Report on vaccination in the Province of Bengal - 1874-1889
Year: 1874
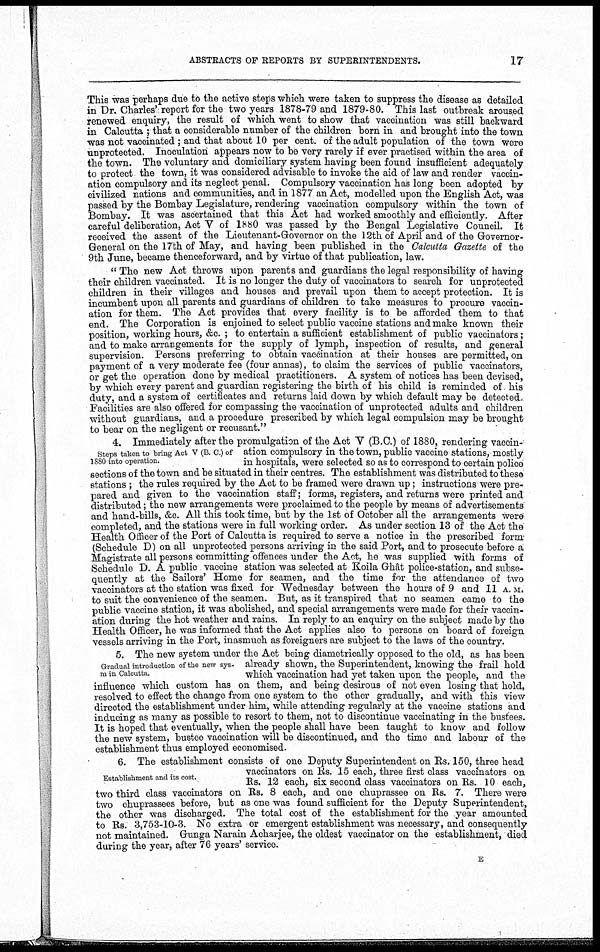
ABSTRACTS OF REPORTS BY SUPERINTENDENTS.
17
This was perhaps due to the active steps which were taken to suppress the disease as detailed
in Dr. Charles' report for the two years 1878-79 and 1879-80. This last outbreak aroused
renewed enquiry, the result of which went to show that vaccination was still backward
in Calcutta ; that a considerable number of the children born in and brought into the town
was not vaccinated ; and that about 10 per cent. of the adult population of the town were
unprotected. Inoculation appears now to be very rarely if ever practised within the area of
the town. The voluntary and domiciliary system having been found insufficient adequately
to protect the town, it was considered advisable to invoke the aid of law and render vaccin-
ation compulsory and its neglect penal. Compulsory vaccination has long been adopted by
civilized nations and communities, and in 1877 an Act, modelled upon the English Act, was
passed by the Bombay Legislature, rendering vaccination compulsory within the town of
Bombay. It was ascertained that this Act had worked smoothly and efficiently. After
careful deliberation, Act V of 1880 was passed by the Bengal Legislative Council. It
received the assent of the Lieutenant-Governor on the 12th of April and of the Governor-
General on the 17th of May, and having been published in the Calcutta Gazette of the
9th June, became thenceforward, and by virtue of that publication, law.
" The new Act throws upon parents and guardians the legal responsibility of having
their children vaccinated. It is no longer the duty of vaccinators to search for unprotected
children in their villages and houses and prevail upon them to accept protection. It is
incumbent upon all parents and guardians of children to take measures to procure vaccin-
ation for them. The Act provides that every facility is to be afforded them to that
end. The Corporation is enjoined to select public vaccine stations and make known their
position, working hours, &c. ; to entertain a sufficient establishment of public vaccinators;
and to make arrangements for the supply of lymph, inspection of results, and general
supervision. Persons preferring to obtain vaccination at their houses are permitted, on
payment of a very moderate fee (four annas), to claim the services of public vaccinators,
or get the operation done by medical practitioners. A system of notices has been devised,
by which every parent and guardian registering the birth of his child is reminded of his
duty, and a system of certificates and returns laid down by which default may be detected.
Facilities are also offered for compassing the vaccination of unprotected adults and children
without guardians, and a procedure prescribed by which legal compulsion may be brought
to bear on the negligent or recusant."
Steps taken to bring Act V (B. C.) of
1880 into operation.
4. Immediately after the promulgation of the Act V (B.C.) of 1880, rendering vaccin-
ation compulsory in the town, public vaccine stations, mostly
in hospitals, were selected so as to correspond to certain police
sections of the town and be situated in their centres. The establishment was distributed to these
stations ; the rules required by the Act to be framed were drawn up; instructions were pre-
pared and given to the vaccination staff; forms, registers, and returns were printed and
distributed; the new arrangements were proclaimed to the people by means of advertisements
and hand-bills, &c. All this took time, but by the 1st of October all the arrangements were
completed, and the stations were in full working order. As under section 13 of the Act the
Health Officer of the Port of Calcutta is required to serve a notice in the prescribed form
(Schedule D) on all unprotected persons arriving in the said Port, and to prosecute before a
Magistrate all persons committing offences under the Act, he was supplied with forms of
Schedule D. A public vaccine station was selected at Koila Ghât police-station, and subse-
quently at the Sailors' Home for seamen, and the time for the attendance of two
vaccinators at the station was fixed for Wednesday between the hours of 9 and 11 A.M.
to suit the convenience of the seamen. But, as it transpired that no seamen came to the
public vaccine station, it was abolished, and special arrangements were made for their vaccin-
ation during the hot weather and rains. In reply to an enquiry on the subject made by the
Health Officer, he was informed that the Act applies also to persons on board of foreign
vessels arriving in the Port, inasmuch as foreigners are subject to the laws of the country.
Gradual introduction of the new sys¬
tem in Calcutta.
5. The new system under the Act being diametrically opposed to the old, as has been
already shown, the Superintendent, knowing the frail hold
which vaccination had yet taken upon the people, and the
influence which custom has on them, and being desirous of not even losing that hold,
resolved to effect the change from one system to the other gradually, and with this view
directed the establishment under him, while attending regularly at the vaccine stations and
inducing as many as possible to resort to them, not to discontinue vaccinating in the bustees.
It is hoped that eventually, when the people shall have been taught to know and follow
the new system, bustee vaccination will be discontinued, and the time and labour of the
establishment thus employed economised.
Establishment and its cost.
6. The establishment consists of one Deputy Superintendent on Rs. 150, three head
vaccinators on Rs. 15 each, three first class vaccinators on
Rs. 12 each, six second class vaccinators on Rs. 10 each,
two third class vaccinators on Rs. 8 each, and one chuprassee on Rs. 7. There were
two chuprassees before, but as one was found sufficient for the Deputy Superintendent,
the other was discharged. The total cost of the establishment for the year amounted
to Rs. 3,753-10-3. No extra or emergent establishment was necessary, and consequently
not maintained. Gunga Narain Acharjee, the oldest vaccinator on the establishment, died
during the year, after 76 years' service.
E